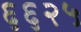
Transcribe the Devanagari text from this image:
६६२५